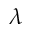
\lambda